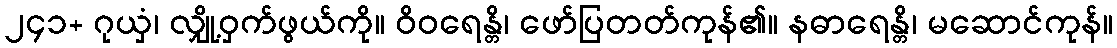
၂၄၁+ ဂုယှံ၊ လျှို့ဝှက်ဖွယ်ကို။ ဝိဝရေန္တိ၊ ဖော်ပြတတ်ကုန်၏။ နဓာရေန္တိ၊ မဆောင်ကုန်။